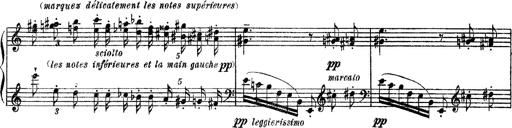
Title: Apparitions
Composer: Franz Liszt